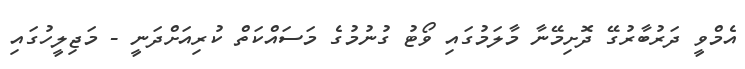
އެމްވީ ދަރުބާރުގޭ ދޮށިމޭނާ މާލަމުގައި ވޯޓު ގުނުމުގެ މަސައްކަތް ކުރިއަށްދަނީ - މަޖިލީހުގައި